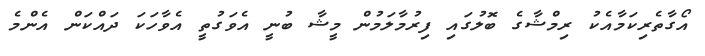
އޯގާތެރިކަމާއެކު ރިމްޝާގެ ބޮލުގައި ފިރުމާލަމުން މީޝާ ބުނީ އެވަގުތީ އެވާހަކަ ދައްކަން އެންމެ